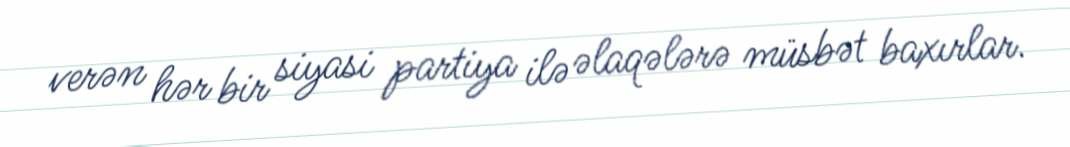
verən hər bir siyasi partiya ilə əlaqələrə müsbət baxırlar.